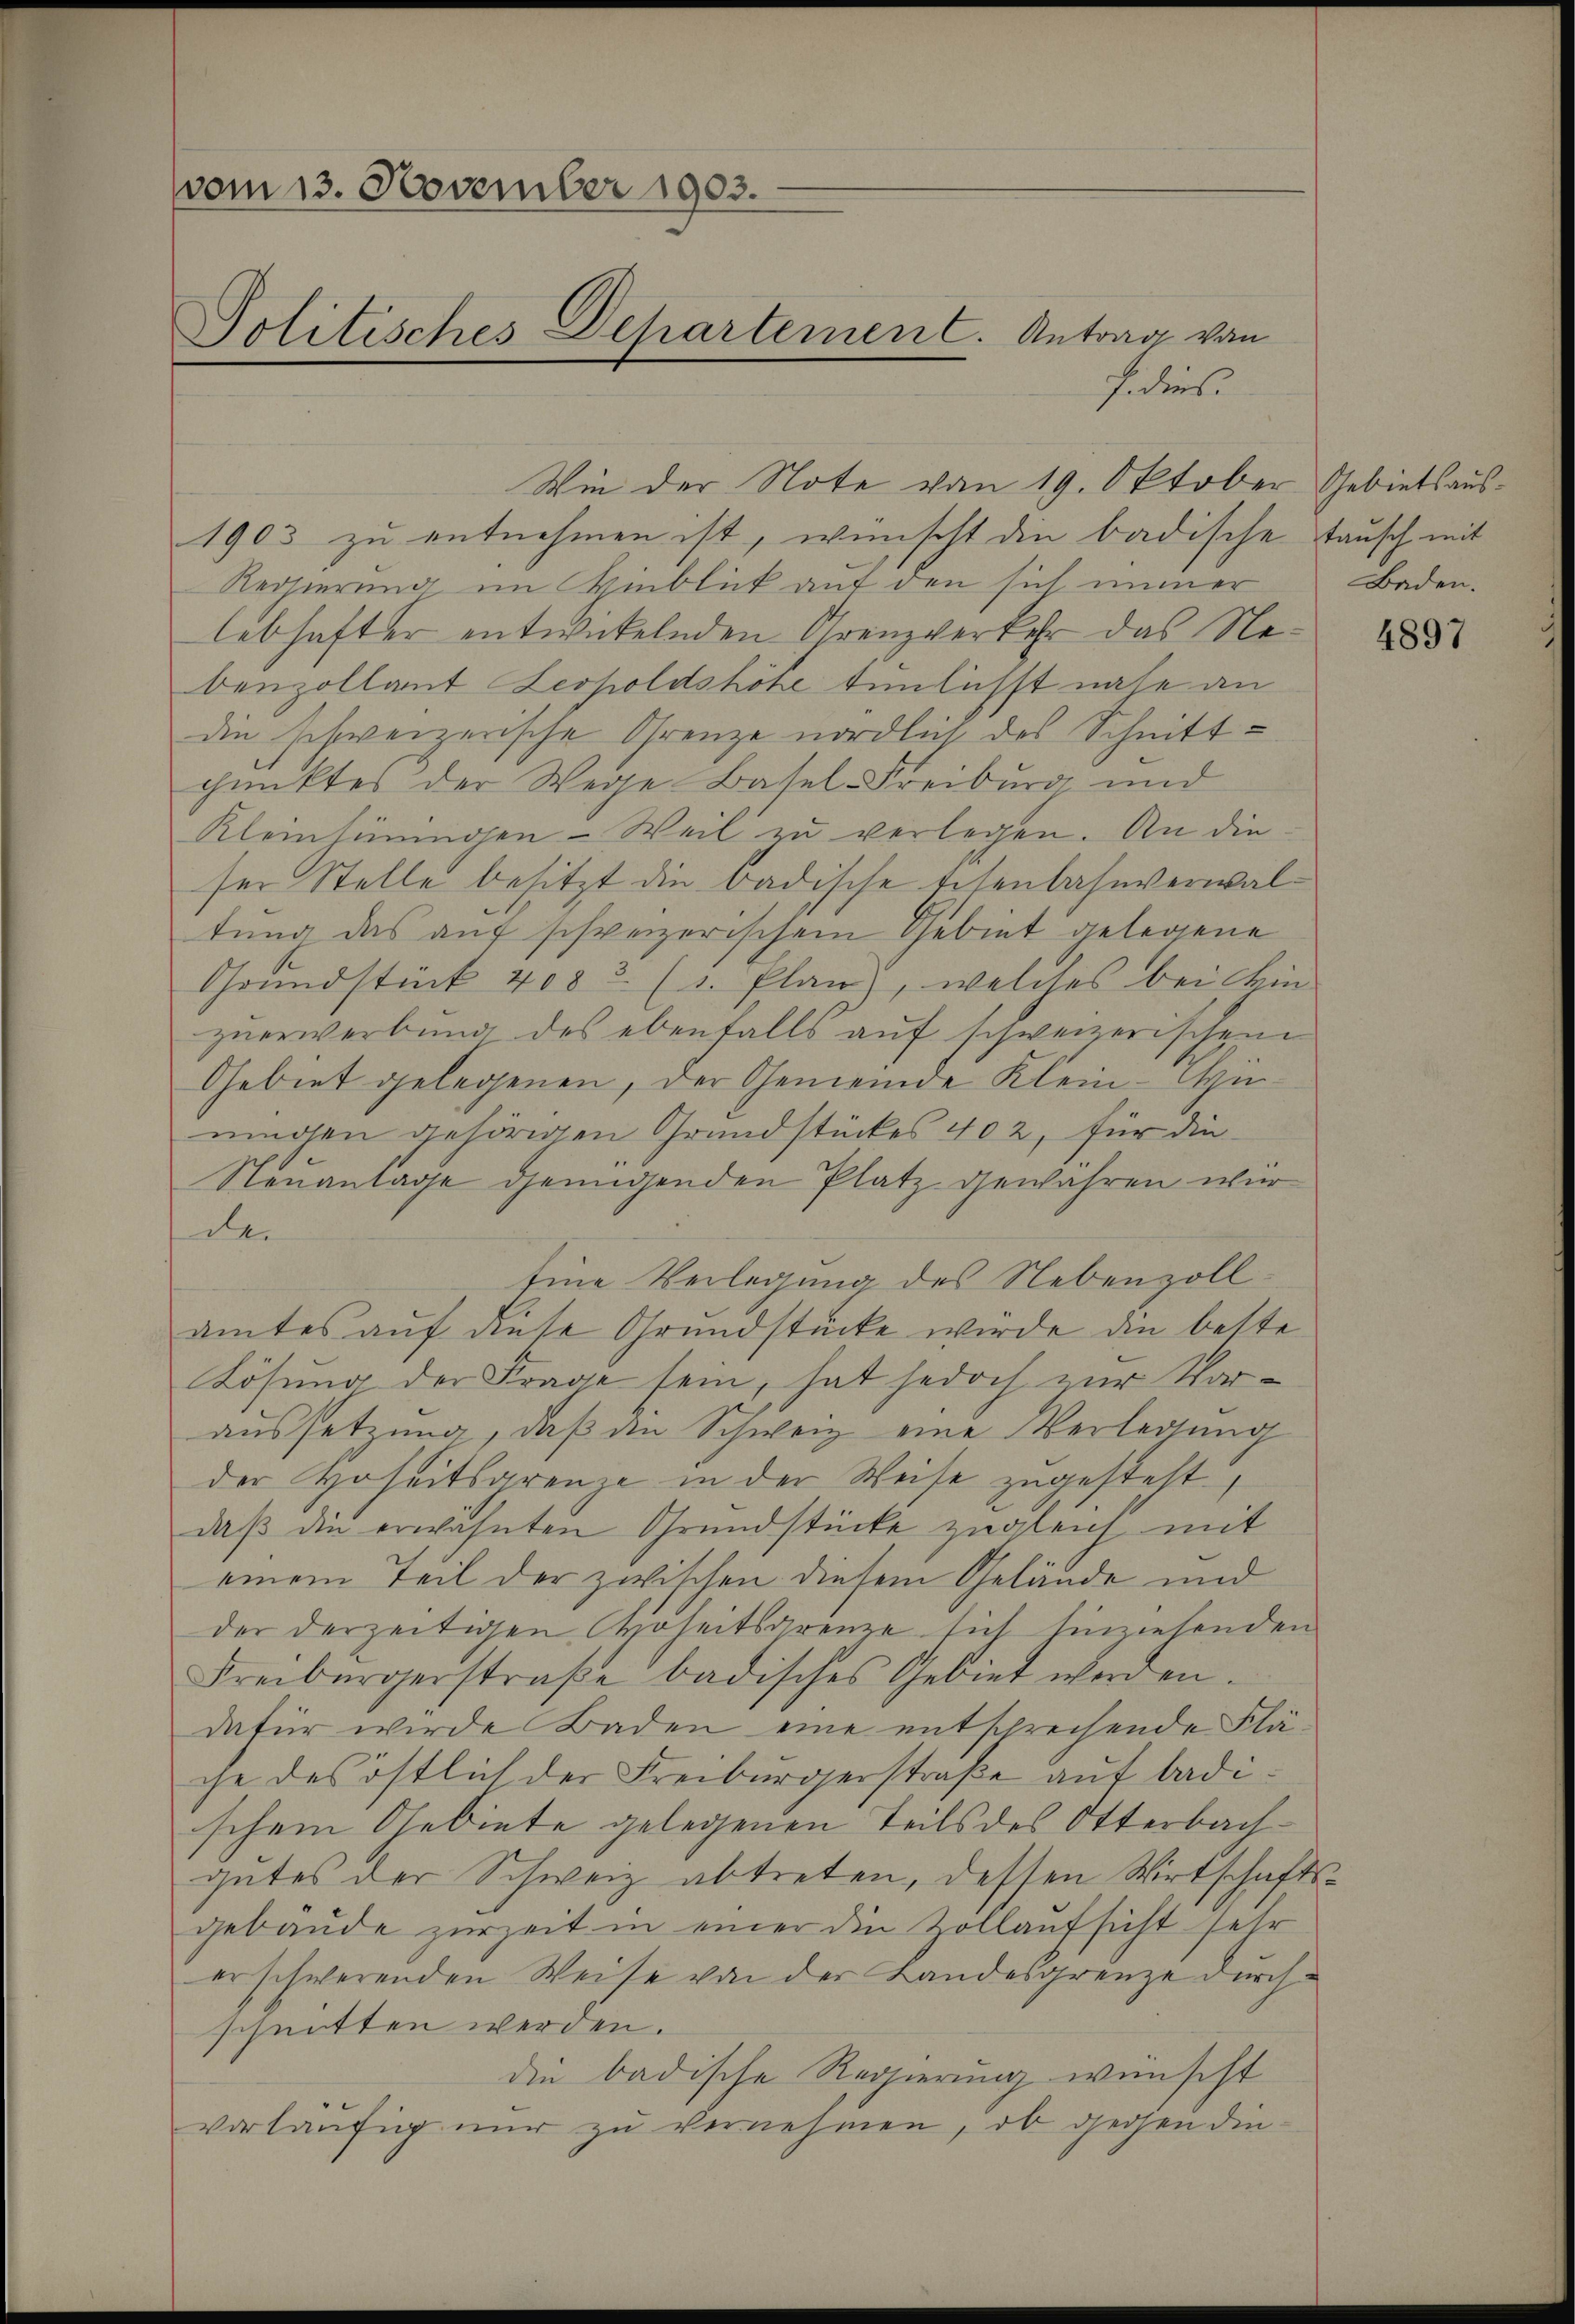
vom 13. November 1903.
Politisches Departement. Antrag von

hdies.
Wie der Note vom 19. Oktober Gebietsaus¬
1903 zu entnehmen ist, wünscht die badische Tausch mit
Regierung im Hinblick auf den sich immer
lebhafter entwickelnden Grenzverkehr das Nebenzollant Leopoldshöhe tunlichst nahe an
die schweizerische Grenze nördlich des Schnitt
punktes der Wege Basel Freiburg und
Kleinhiningen - Weil zu verlegen. An die
ser Stelle besitzt die badische Eisenbahnverwaltung das auf schweizerischem Gebiet gelegene
Grundstück 4083. (v. Plan, welches bei Hin-
zuerwerbung des ebenfalls auf schweizerischen
Gebiet gelegenen, der Gemeinde Klein-Anningen gehörigen Grundstückes 402, für die
Neuantage genügenden Platz gewähren wir
d
Eine Verlegung des Nebenzoll-
amtes auf diese Grundstücke würde die beste¬
Lösung der Frage sein, hat jedoch zur Voraussetzung, daß die Schweiz eine Verlegung
der Hoheitsgrenze in der Weise zugesteht,
daß die erwähnten Grundstücke zugleich mit
einem Teil der zwischen diesem Gelände und
der derzeitigen Choheitsgrenze sich hinwesenden
Freiburgerstraße badisches Gebiet werden.
dafür würde Baden eine entschrechende Fläche des östlich der Freiburgerstraße auf badischem Gebiete gelegenen Teils des Otterbachgutes der Schweiz abtreten, dessen Wirtschaftsgebäude zurZeit in einer die Zollaufsicht sehr
erschwerenden Weise von der Landesgrenze durchschnitten werden.
die badische Regierung wünscht
vorläufig nur zu vernehmen, ob gegen die¬

Baden.

4897